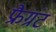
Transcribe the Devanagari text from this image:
फ्रैग्रंट